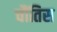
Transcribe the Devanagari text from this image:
चौंतिस